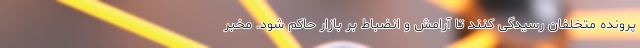
پرونده متخلفان رسیدگی کنند تا آرامش و انضباط بر بازار حاکم شود. مخبر